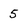
Character: 5